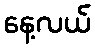
နေ့လယ်